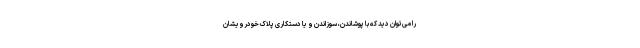
را می‌توان دید که با پوشاندن، سوزاندن و یا دستکاری پلاک خودرویشان